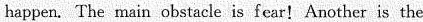
happen. The main obstacle is fear!Another is the